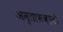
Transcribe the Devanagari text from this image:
अमृताभवानी